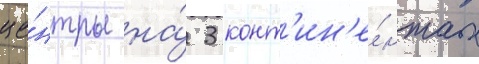
це́нтры на́ 3 конт'ин'е́нтах